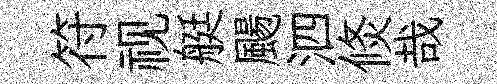
符视艇颺泗倐哉